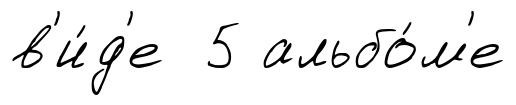
в'и́д'е 5 альбо́м'е